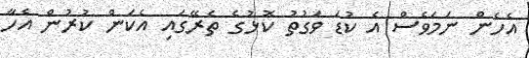
އެހެން ނަމަވެސް އެ ކުޑަ ވަގުތު ކޮޅުގެ ތެރޭގައި އެކަން ކުރުން އެހާ